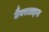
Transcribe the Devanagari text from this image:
टैवरटाइन